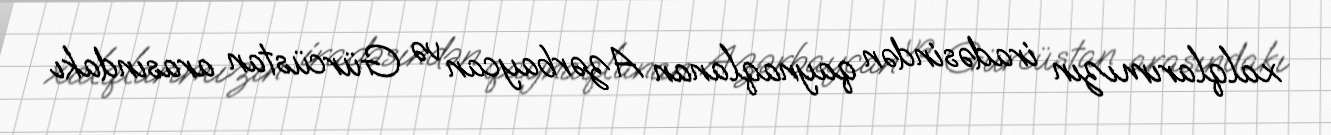
xalqlarımızın iradəsindən qaynaqlanan Azərbaycan və Gürcüstan arasındakı